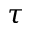
\tau